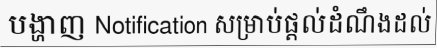
បង្ហាញ Notification សម្រាប់ផ្តល់ដំណឹងដល់